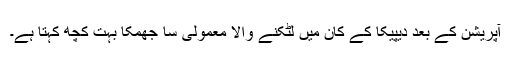
آپریشن کے بعد دیپیکا کے کان میں لٹکنے والا معمولی سا جھمکا بہت کچھ کہتا ہے۔